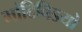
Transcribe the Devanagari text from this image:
मांटिविडयो